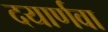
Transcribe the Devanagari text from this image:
दयार्णवा